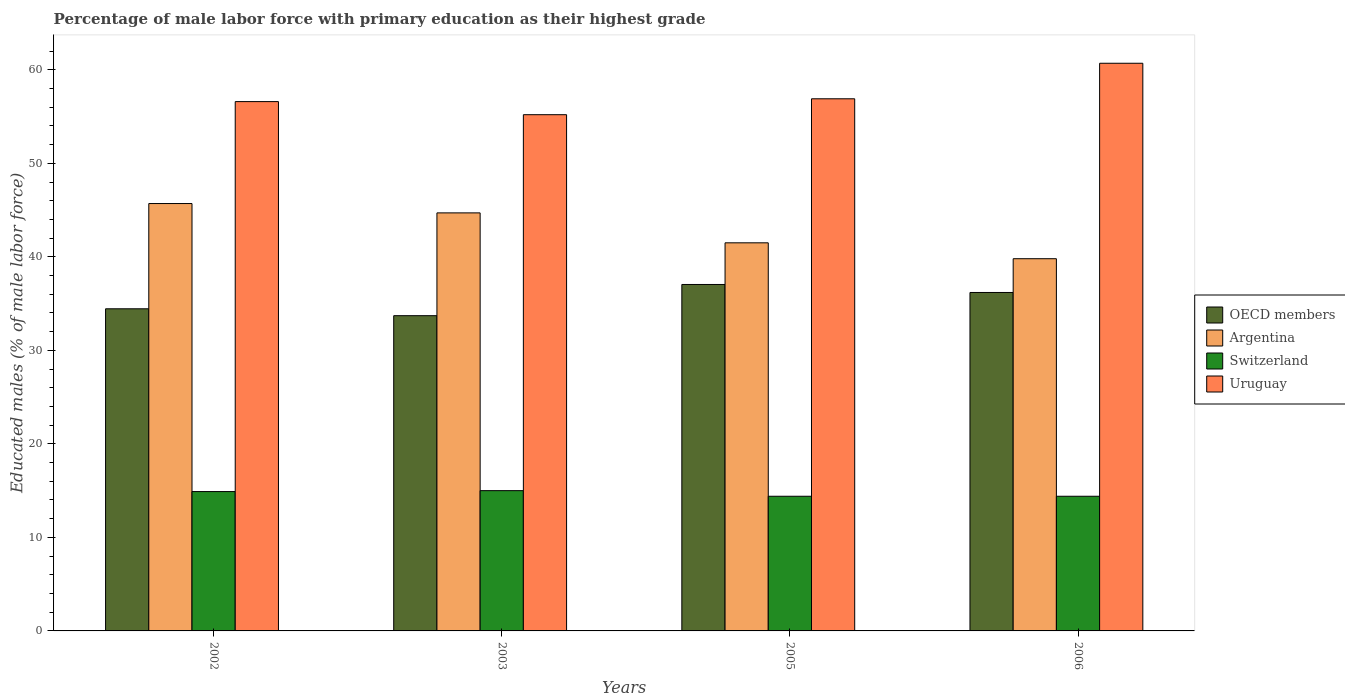
| Years | OECD members | Argentina | Switzerland | Uruguay |
 | --- | --- | --- | --- | --- |
 | 2002 | 34.4 | 45.7 | 14.9 | 56.6 |
 | 2003 | 33.7 | 44.7 | 15 | 55.2 |
 | 2005 | 37 | 41.5 | 14.4 | 56.9 |
 | 2006 | 36.2 | 39.8 | 14.4 | 60.7 |